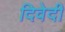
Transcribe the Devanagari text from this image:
दिवेदी